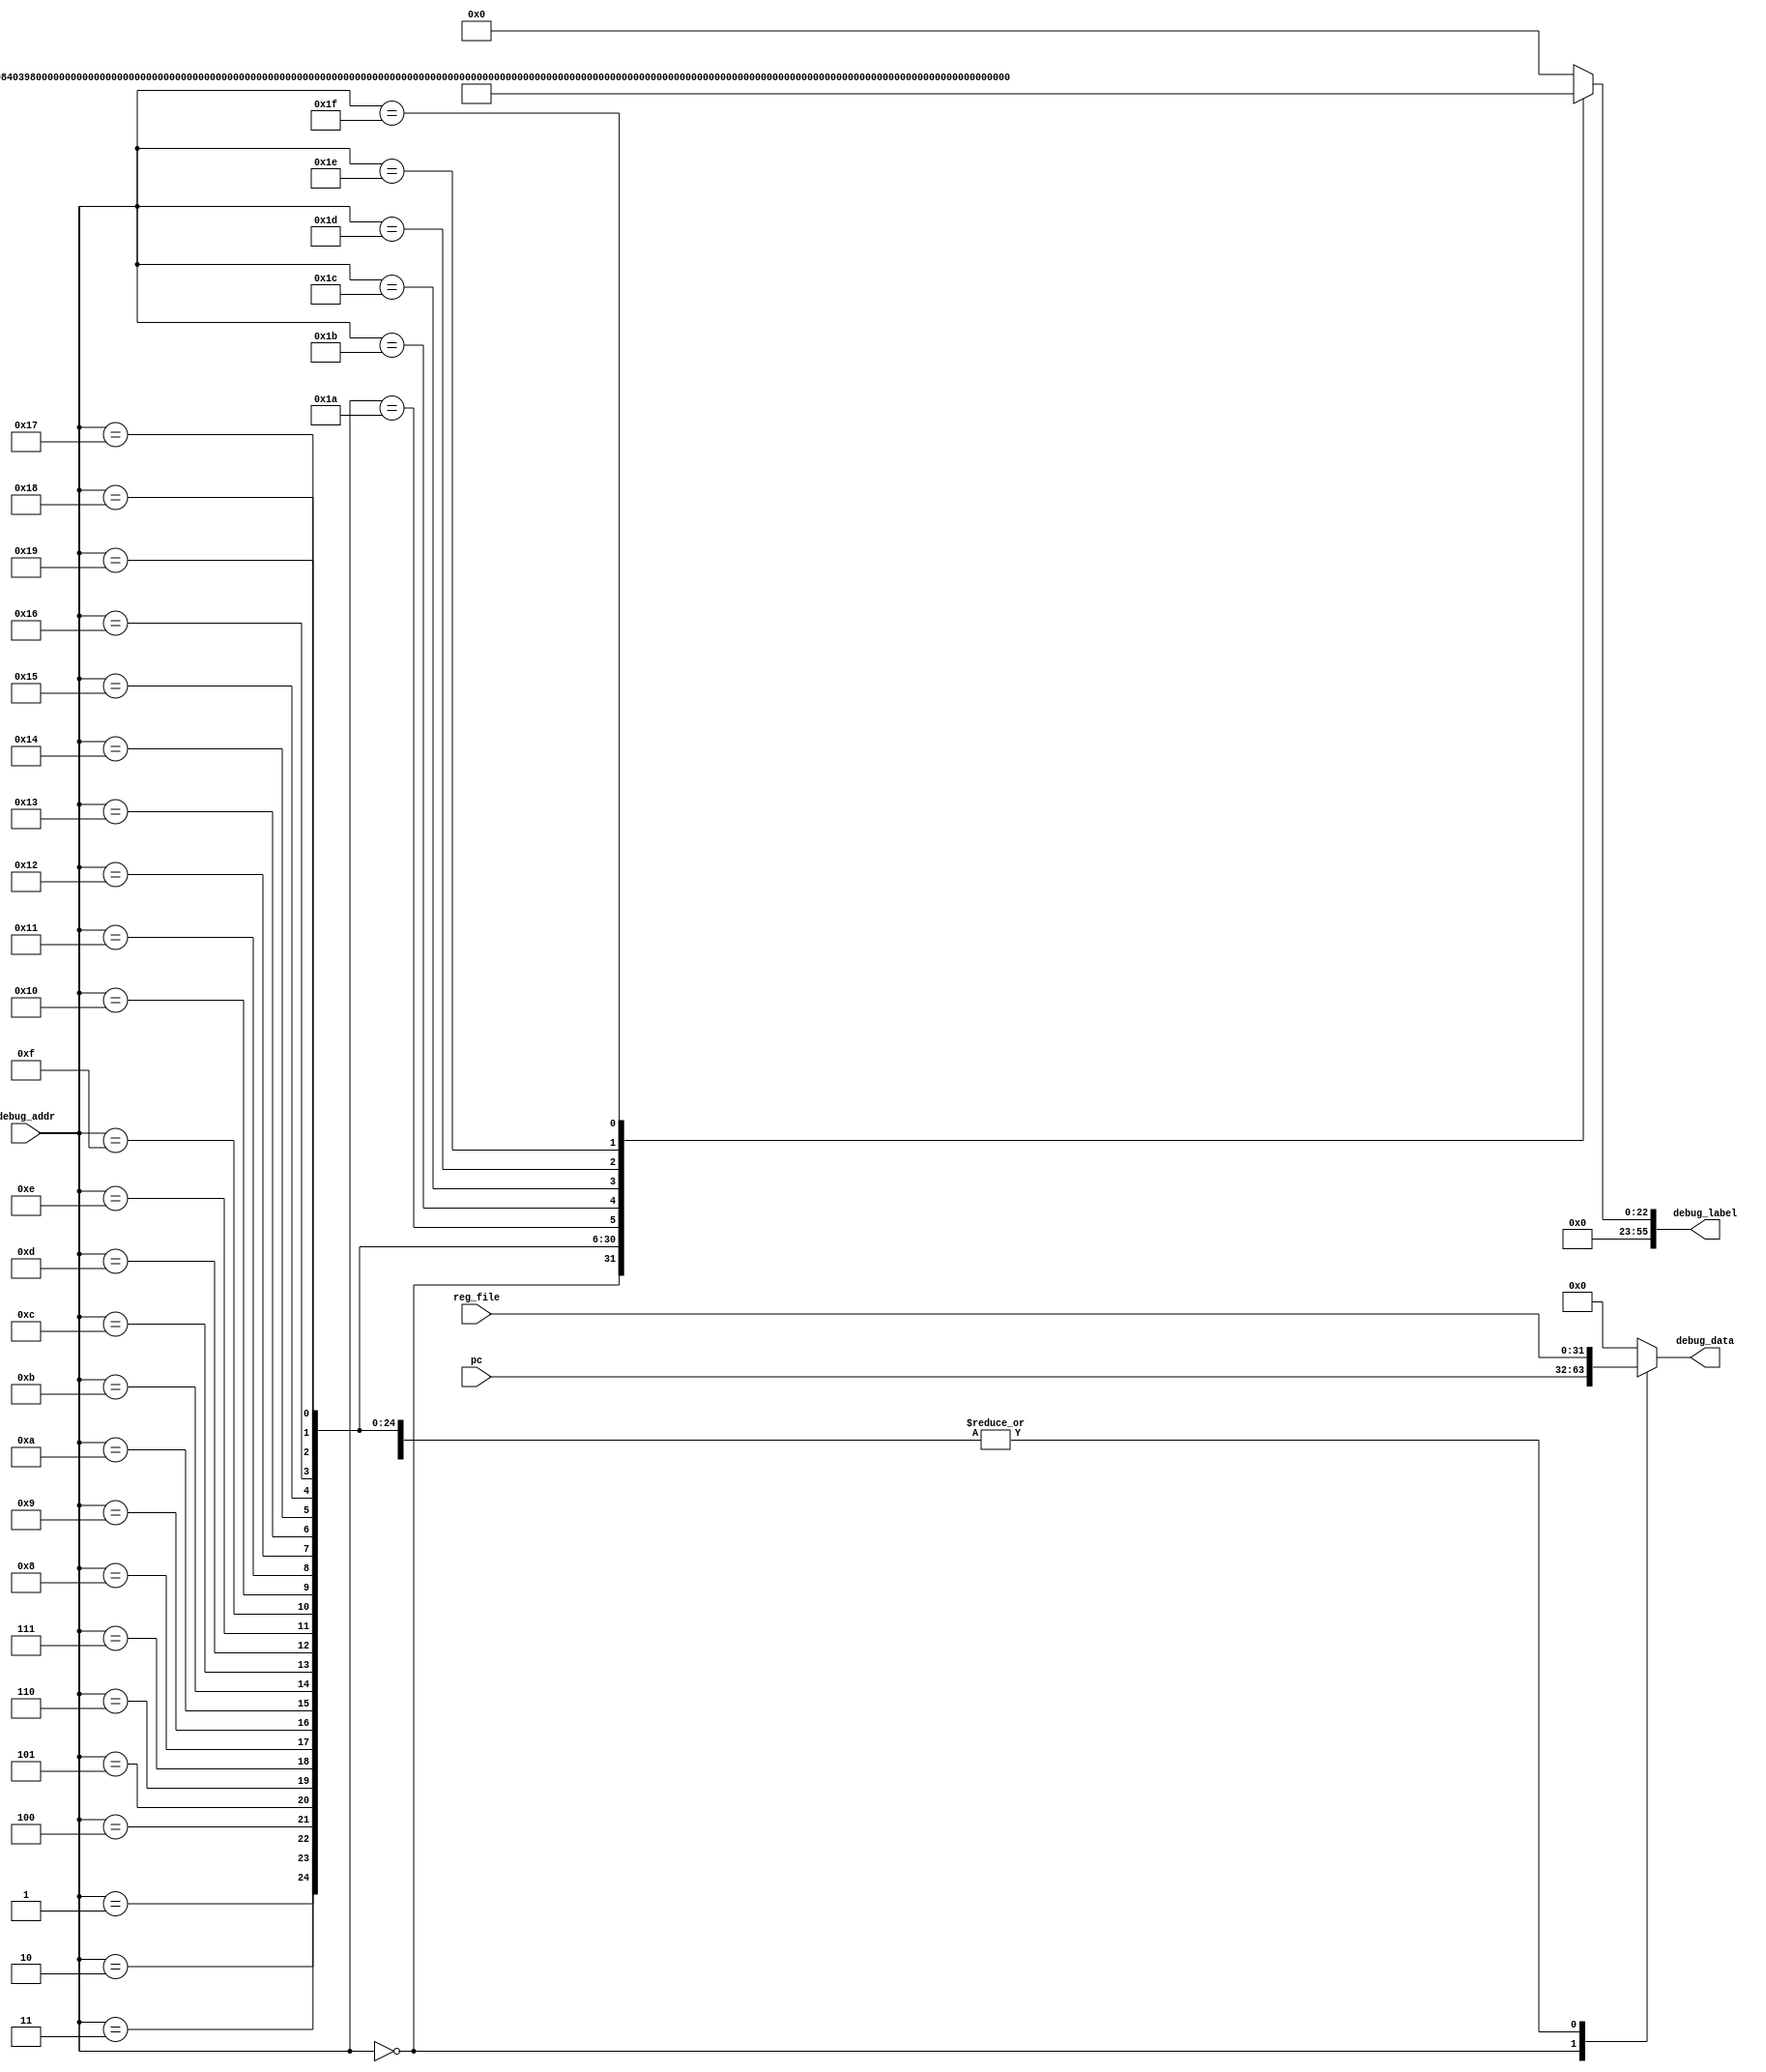
module debug_signal_selection
    (
     input wire [31:0] reg_file,
     input wire [31:0] pc,
     
     input wire [6:0] debug_addr,
     output reg [31:0] debug_data,
     output reg [7*8-1:0] debug_label
    );

    always @*
        begin
            debug_data = 32'b0;
            debug_label = 56'b0;
            case (debug_addr)
                7'h00: begin debug_data = pc; debug_label = "pc"; end
                7'h01: begin debug_data = reg_file; debug_label = "ra"; end
                7'h02: begin debug_data = reg_file; debug_label = "sp"; end
                7'h03: begin debug_data = reg_file; debug_label = "gp"; end
                7'h04: begin debug_data = reg_file; debug_label = "tp"; end
                7'h05: begin debug_data = reg_file; debug_label = "t0"; end
                7'h06: begin debug_data = reg_file; debug_label = "t1"; end
                7'h07: begin debug_data = reg_file; debug_label = "t2"; end
                7'h08: begin debug_data = reg_file; debug_label = "s0"; end
                7'h09: begin debug_data = reg_file; debug_label = "s1"; end
                7'h0a: begin debug_data = reg_file; debug_label = "a0"; end
                7'h0b: begin debug_data = reg_file; debug_label = "a1"; end
                7'h0c: begin debug_data = reg_file; debug_label = "a2"; end
                7'h0d: begin debug_data = reg_file; debug_label = "a3"; end
                7'h0e: begin debug_data = reg_file; debug_label = "a4"; end
                7'h0f: begin debug_data = reg_file; debug_label = "a5"; end
                7'h10: begin debug_data = reg_file; debug_label = "a6"; end
                7'h11: begin debug_data = reg_file; debug_label = "a7"; end
                7'h12: begin debug_data = reg_file; debug_label = "s2"; end
                7'h13: begin debug_data = reg_file; debug_label = "s3"; end
                7'h14: begin debug_data = reg_file; debug_label = "s4"; end
                7'h15: begin debug_data = reg_file; debug_label = "s5"; end
                7'h16: begin debug_data = reg_file; debug_label = "s6"; end
                7'h17: begin debug_data = reg_file; debug_label = "s7"; end
                7'h18: begin debug_data = reg_file; debug_label = "s8"; end
                7'h19: begin debug_data = reg_file; debug_label = "s9"; end
                7'h1a: begin debug_data = reg_file; debug_label = "s10"; end
                7'h1b: begin debug_data = reg_file; debug_label = "s11"; end
                7'h1c: begin debug_data = reg_file; debug_label = "t3"; end
                7'h1d: begin debug_data = reg_file; debug_label = "t4"; end
                7'h1e: begin debug_data = reg_file; debug_label = "t5"; end
                7'h1f: begin debug_data = reg_file; debug_label = "t6"; end
            endcase
        end

endmodule